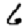
Digit: 6